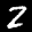
Label: 2